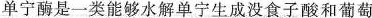
单宁酶是一类能够水解单宁生成没食子酸和葡萄